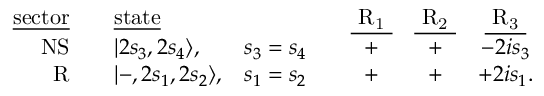
\begin{array} { r c l l c c c c } { { \mathrm { \underline { { { s e c t o r } } } } } } & { { { } } } & { { \mathrm { \underline { { { s t a t e } } } } } } & { { { } } } & { { { } } } & { { \mathrm { \underline { { { ~ R _ { 1 } ~ } } } } } } & { { \mathrm { \underline { { { ~ R _ { 2 } ~ } } } } } } & { { \mathrm { \underline { { { ~ R _ { 3 } ~ } } } } } } \\ { { \mathrm { N S } } } & { { { } } } & { { | 2 s _ { 3 } , 2 s _ { 4 } \rangle , } } & { { s _ { 3 } = s _ { 4 } } } & { { { } } } & { { + } } & { { + } } & { { - 2 i s _ { 3 } } } \\ { { \mathrm { R } } } & { { { } } } & { { | - , 2 s _ { 1 } , 2 s _ { 2 } \rangle , } } & { { s _ { 1 } = s _ { 2 } } } & { { { } } } & { { + } } & { { + } } & { { + 2 i s _ { 1 } . } } \end{array}